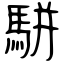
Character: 駢